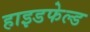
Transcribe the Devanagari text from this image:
हाइडफेल्ड